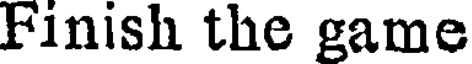
Finish the game